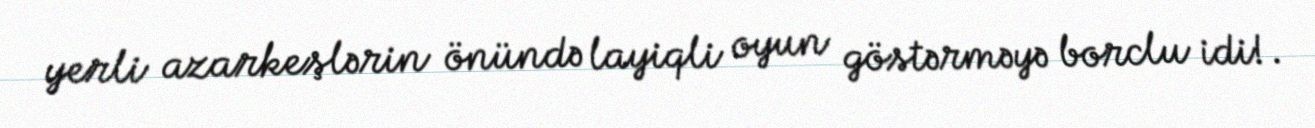
yerli azarkeşlərin önündə layiqli oyun göstərməyə borclu idi!.